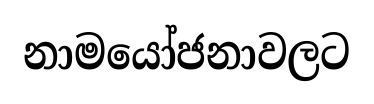
නාමයෝජනාවලට